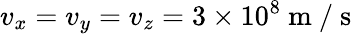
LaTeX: v_{x}=v_{y}=v_{z}=3\times 10^{8}\mathrm{~m~/~s~}